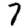
Digit: 7